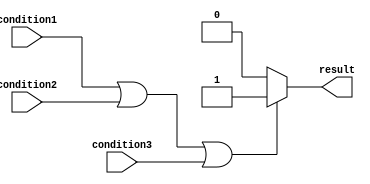
module if_else_statement(
    input condition1,
    input condition2,
    input condition3,
    output reg result
);

always @(*)
begin
    if (condition1 || condition2 || condition3)
    begin
        result <= 1;
    end
    else
    begin
        result <= 0;
    end
end

endmodule